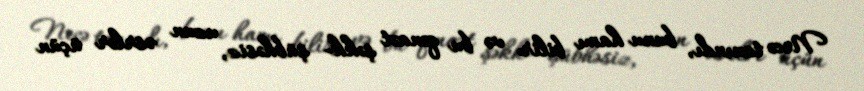
Necə tanındı, bunu hamı bilir və bu qənaət şəkk- şübhəsiz, uzun əsrlər üçün